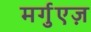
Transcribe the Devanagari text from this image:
मर्गुएज़